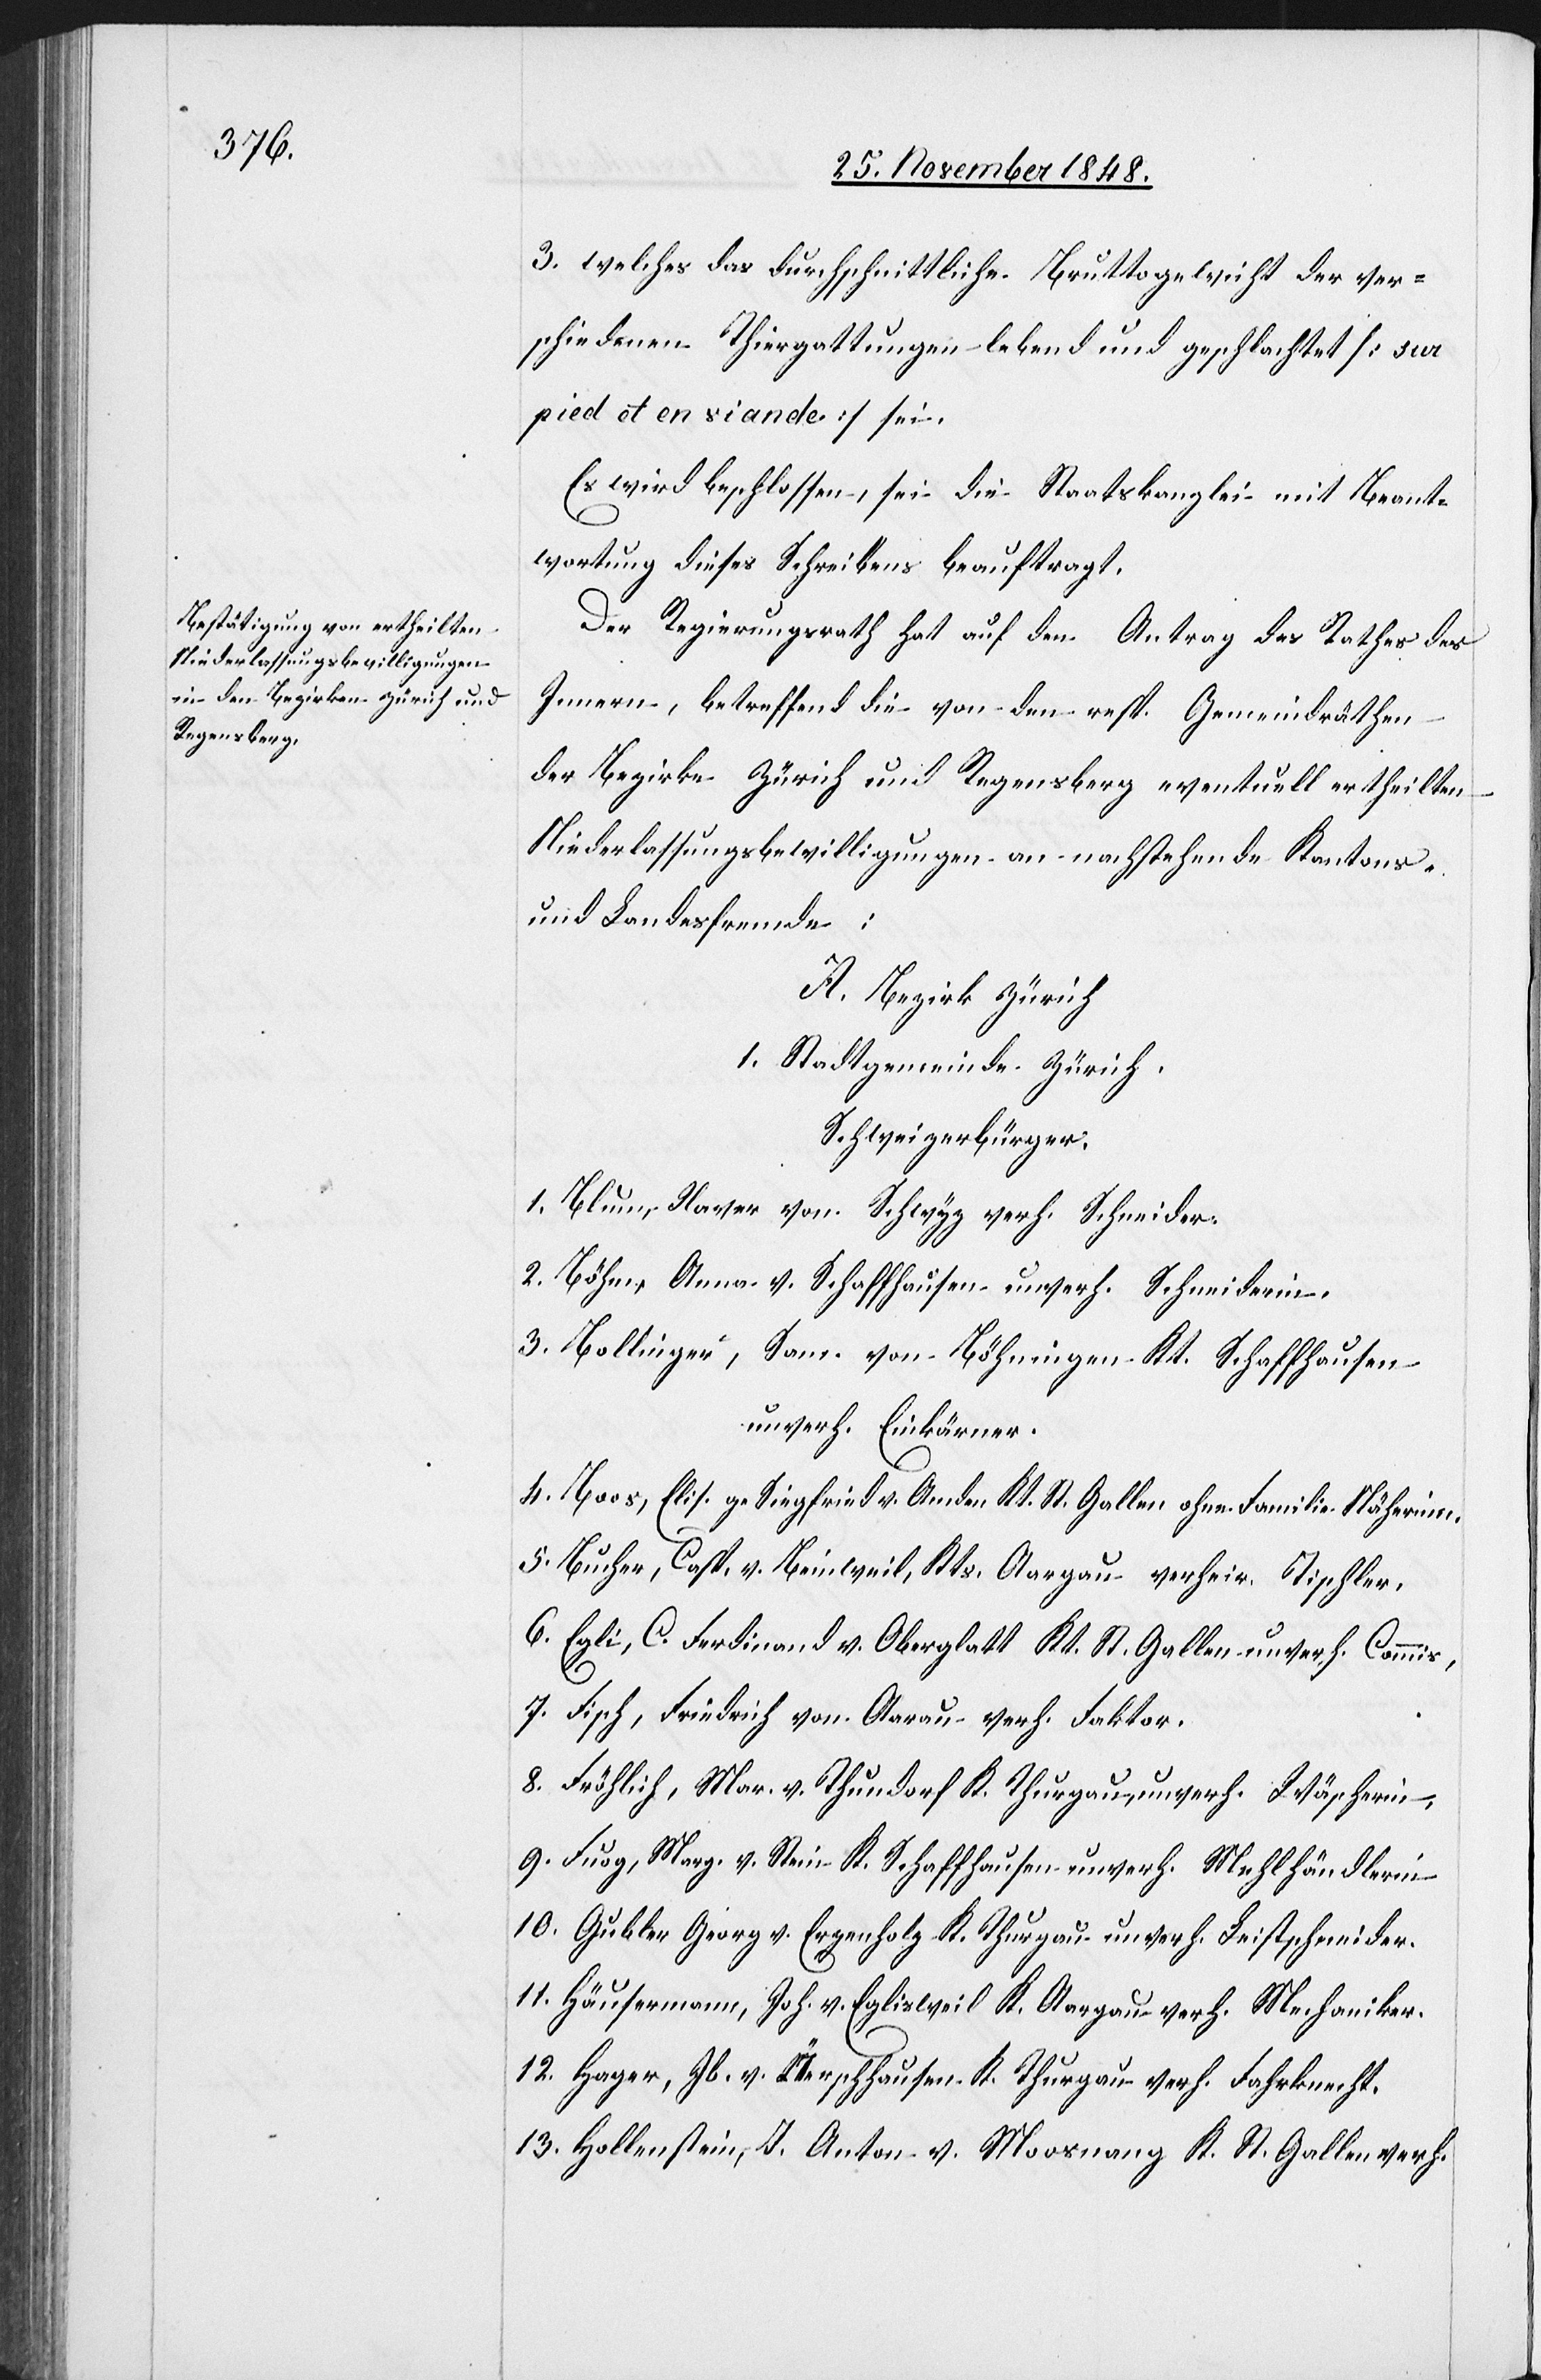
3. welches das durchschnittliche Bruttogewicht der ver¬
schiedenen Thiergattungen lebend und geschlachtet [sur
pied et en viande] sei.
Es wird beschlossen, sei die Staatskanzlei mit Beant¬
wortung dieses Schreibens beauftragt.
Der Regierungsrath hat auf den Antrag des Rathes des
Innern, betreffend die von den resp. Gemeindräthen
der Bezirke Zürich und Regensberg eventuell ertheilten
Niederlassungsbewilligungen an nachstehende Kantons-
und Landesfremde:
A. Bezirk Zürich
1. Stadtgemeinde Zürich.
Schweizerbürger:
1. Blum, Xaver von Schwyz verh. Schneider.
2. Böhm, Anna v. Schaffhausen unverh. Schneiderin.
3. Bollinger, Sam. von Böhmingen Kt. Schaffhausen
unverh. Einkärner.
4. Boos, Elis. ge Siegfried v. Amden Kt. St. Gallen ohne Familie Näherinn.
5. Bucher, Casp. v. Beinweil, Kts. Aargau verheir. Tischler.
6. Egli, C. Ferdinand v. Oberglatt Kt. St. Gallen unverh. Commis,
7. Fisch, Friedrich von Aarau verh. Faktor.
8. Fröhlich, Mar. v. Thundorf K. Thurgau, unverh. Wäscherin,
9. Fuog, Marg. v. Stein K. Schaffhausen unverh. Mehlhändlerin
10. Gubler Georg v. Ergenholz K. Thurgau unverh. Leistschneider.
11. Häusermann, Joh. v. Eglisweil K. Aargau verh. Mechaniker.
12. Hager, Jb. v. Üerschhausen K. Thurgau verh. Fahrknecht.
13. Hollenstein, J. Anton v. Moosnang K. St. Gallen verh.